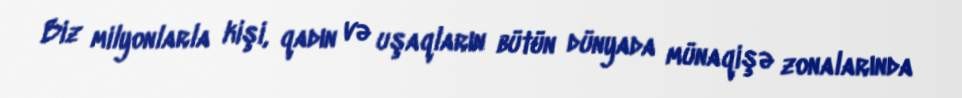
Biz milyonlarla kişi, qadın və uşaqların bütün dünyada münaqişə zonalarında